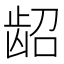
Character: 龆